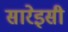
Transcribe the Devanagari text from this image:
सारेइसी